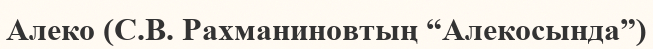
Алеко (С.В. Рахманиновтың “Алекосында”)